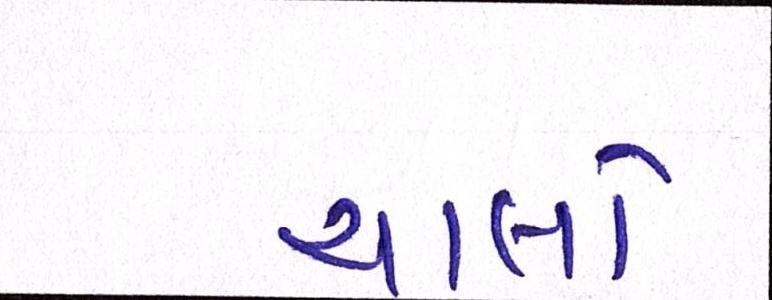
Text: ચાલો